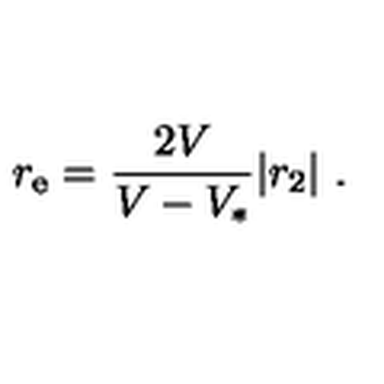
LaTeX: r _ { \mathrm { e } } = { \frac { 2 V } { { V } - V _ { * } } } | r _ { 2 } | \ .